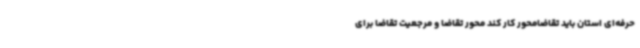
حرفه‌ای استان باید تقاضامحور کار کند محور تقاضا و مرجعیت تقاضا برای